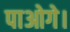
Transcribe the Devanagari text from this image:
पाओगे।